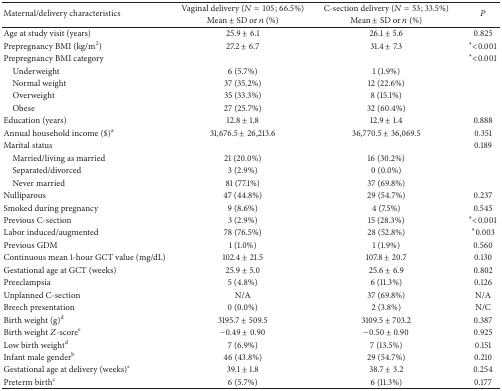
<table><thead><tr><td rowspan="2"><b>Maternal/delivery characteristics </b></td><td><b>Vaginal delivery (<i>N</i> = 105; 66.5%)</b></td><td><b>C-section delivery (<i>N</i> = 53; 33.5%)</b></td><td rowspan="2"><b><i>P</i></b></td></tr><tr><td><b>Mean ± SD or <i>n</i> (%)</b></td><td><b>Mean ± SD or <i>n</i> (%)</b></td></tr></thead><tbody><tr><td>Age at study visit (years) </td><td>25.9 ± 6.1</td><td>26.1 ± 5.6</td><td>0.825</td></tr><tr><td>Prepregnancy BMI (kg/m<sup>2</sup>)</td><td>27.2 ± 6.7</td><td>31.4 ± 7.3</td><td><sup><i>∗</i></sup> &lt;0.001</td></tr><tr><td>Prepregnancy BMI category</td><td> </td><td> </td><td><sup><i>∗</i></sup> &lt;0.001</td></tr><tr><td> Underweight</td><td>6 (5.7%)</td><td>1 (1.9%)</td><td> </td></tr><tr><td> Normal weight</td><td>37 (35.2%)</td><td>12 (22.6%)</td><td> </td></tr><tr><td> Overweight</td><td>35 (33.3%)</td><td>8 (15.1%)</td><td> </td></tr><tr><td> Obese</td><td>27 (25.7%)</td><td>32 (60.4%)</td><td> </td></tr><tr><td>Education (years)</td><td>12.8 ± 1.8</td><td>12.9 ± 1.4</td><td>0.888</td></tr><tr><td>Annual household income ($)<sup>a</sup></td><td>31,676.5 ± 26,213.6</td><td>36,770.5 ± 36,069.5</td><td>0.351</td></tr><tr><td>Marital status </td><td> </td><td> </td><td>0.189</td></tr><tr><td> Married/living as married</td><td>21 (20.0%)</td><td>16 (30.2%)</td><td> </td></tr><tr><td> Separated/divorced</td><td>3 (2.9%)</td><td>0 (0.0%)</td><td> </td></tr><tr><td> Never married</td><td>81 (77.1%)</td><td>37 (69.8%)</td><td> </td></tr><tr><td>Nulliparous</td><td>47 (44.8%)</td><td>29 (54.7%)</td><td>0.237</td></tr><tr><td>Smoked during pregnancy</td><td>9 (8.6%)</td><td>4 (7.5%)</td><td>0.545</td></tr><tr><td>Previous C-section</td><td>3 (2.9%)</td><td>15 (28.3%)</td><td><sup><i>∗</i></sup> &lt;0.001</td></tr><tr><td>Labor induced/augmented</td><td>78 (76.5%)</td><td>28 (52.8%)</td><td><sup><i>∗</i></sup>0.003</td></tr><tr><td>Previous GDM</td><td>1 (1.0%)</td><td>1 (1.9%)</td><td>0.560</td></tr><tr><td>Continuous mean 1-hour GCT value (mg/dL)</td><td>102.4 ± 21.5</td><td>107.8 ± 20.7</td><td>0.130</td></tr><tr><td>Gestational age at GCT (weeks)</td><td>25.9 ± 5.0</td><td>25.6 ± 6.9</td><td>0.802</td></tr><tr><td>Preeclampsia</td><td>5 (4.8%)</td><td>6 (11.3%)</td><td>0.126</td></tr><tr><td>Unplanned C-section</td><td>N/A</td><td>37 (69.8%)</td><td>N/A</td></tr><tr><td>Breech presentation</td><td>0 (0.0%)</td><td>2 (3.8%)</td><td>N/C</td></tr><tr><td>Birth weight (g)<sup>d</sup></td><td>3195.7 ± 509.5</td><td>3109.5 ± 703.2</td><td>0.387</td></tr><tr><td>Birth weight <i>Z</i>-score<sup>e</sup></td><td>−0.49 ± 0.90</td><td>−0.50 ± 0.90</td><td>0.925</td></tr><tr><td>Low birth weight<sup>d</sup></td><td>7 (6.9%)</td><td>7 (13.5%)</td><td>0.151</td></tr><tr><td>Infant male gender<sup>b</sup></td><td>46 (43.8%)</td><td>29 (54.7%)</td><td>0.210</td></tr><tr><td>Gestational age at delivery (weeks)<sup>e</sup></td><td>39.1 ± 1.8</td><td>38.7 ± 3.2</td><td>0.254</td></tr><tr><td>Preterm birth<sup>c</sup></td><td>6 (5.7%)</td><td>6 (11.3%)</td><td>0.177</td></tr></tbody></table>